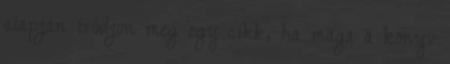
alapján íródjon meg egy cikk, ha maga a könyv